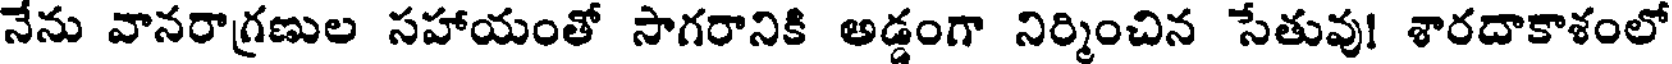
నేను వానరాగ్రణుల సహాయంతో సాగరానికి అడ్డంగా నిర్మించిన సేతువు! శారదాకాశంలో